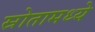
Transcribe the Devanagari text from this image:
स्रोतामध्ये